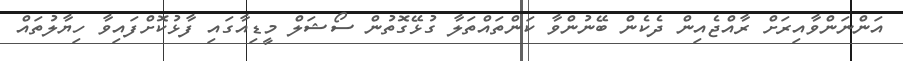
އަންނަންވާއިރަށް ރާއްޖެއިން ދެކެން ބޭނުންވާ ކަންތައްތަލާ ގުޅޭގޮތުން ސޯޝަލް މީޑިއާގައި ފާޅުކޮށްފައިވާ ހިޔާލުތައް